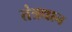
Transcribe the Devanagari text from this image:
तंत्रद्यान